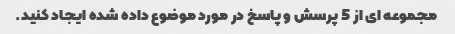
مجموعه ای از 5 پرسش و پاسخ در مورد موضوع داده شده ایجاد کنید.